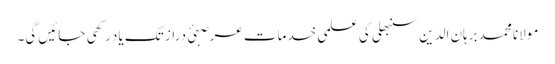
مولانا محمد برہان الدین سنبھلی کی علمی خدمات عرصہئ دراز تک یاد رکھی جائیں گی۔